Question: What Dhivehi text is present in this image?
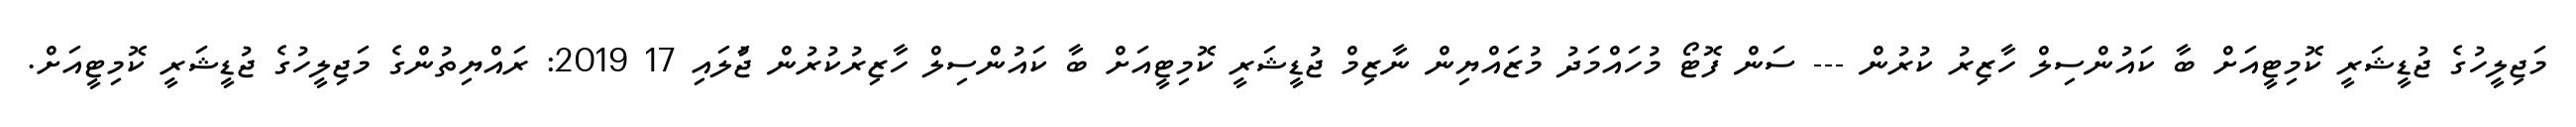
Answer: މަޖިލީހުގެ ޖުޑީޝަރީ ކޮމިޓީއަށް ބާ ކައުންސިލް ހާޒިރު ކުރުން --- ސަން ފޮޓޯ މުހައްމަދު މުޒައްޔިން ނާޒިމް ޖުޑީޝަރީ ކޮމިޓީއަށް ބާ ކައުންސިލް ހާޒިރުކުރުން ޖުަލައި 17 2019: ރައްޔިތުންގެ މަޖިލީހުގެ ޖުޑީޝަރީ ކޮމިޓީއަށް.